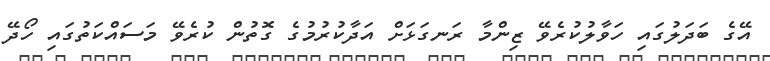
އޭގެ ބަދަލުގައި ހަވާލުކުރެވޭ ޒިންމާ ރަނގަޅަށް އަދާކުރުމުގެ ގޮތުން ކުރެވޭ މަސައްކަތުގައި ހޯދޭ